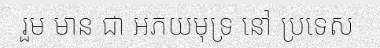
រួម មាន ជា អភយមុទ្រ នៅ ប្រទេស